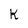
Character: K